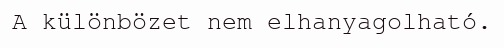
A különbözet nem elhanyagolható.